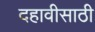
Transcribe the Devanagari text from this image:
दहावीसाठी